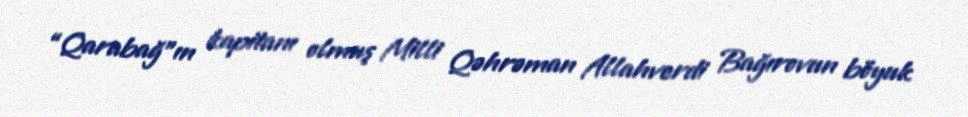
“Qarabağ”ın kapitanı olmuş Milli Qəhrəman Allahverdi Bağırovun böyuk